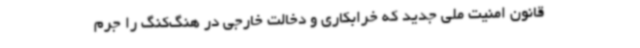
قانون امنیت ملی جدید که خرابکاری و دخالت خارجی در هنگ‌کنگ را جرم